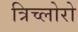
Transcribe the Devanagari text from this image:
त्रिच्लोरो